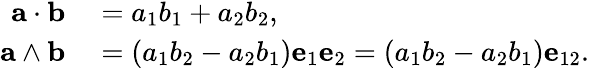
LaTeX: \begin{array}{rl}{\mathbf{a}\cdot\mathbf{b}}&{{}=a_{1}b_{1}+a_{2}b_{2},}\\ {\mathbf{a}\wedge\mathbf{b}}&{{}=(a_{1}b_{2}-a_{2}b_{1})\mathbf{e}_{1}\mathbf{e}_{2}=(a_{1}b_{2}-a_{2}b_{1})\mathbf{e}_{12}.}\end{array}